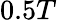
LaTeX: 0.5T